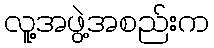
လူ့အဖွဲ့အစည်းက